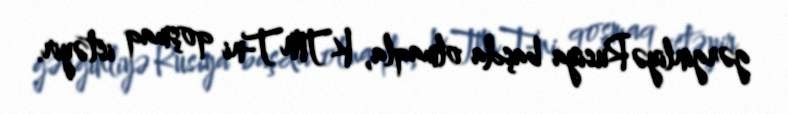
gərginliyə Rusiya başda olmaqla, KTMT-ni qoşmaq istəyir.